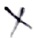
Text: X